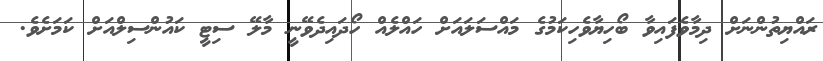
ރައްޔިތުންނަށް ދިމާވެފައިވާ ބޯހިޔާވެހިކަމުގެ މައްސަލައަށް ހައްލެއް ހޯދައިދެވޭނީ މާލޭ ސިޓީ ކައުންސިލްއަށް ކަމަށެވެ.